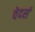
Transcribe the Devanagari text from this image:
वेदर्स